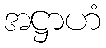
အဋ္ဌာဟံ